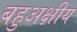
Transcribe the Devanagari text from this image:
बहुअक्षीय